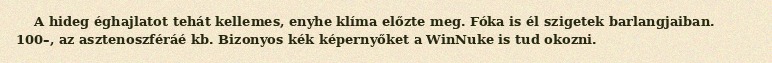
A hideg éghajlatot tehát kellemes, enyhe klíma előzte meg. Fóka is él szigetek barlangjaiban. 100–, az asztenoszféráé kb. Bizonyos kék képernyőket a WinNuke is tud okozni.